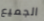
الجميع